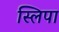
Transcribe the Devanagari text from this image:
स्लिपा